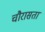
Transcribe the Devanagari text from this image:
चौरासता